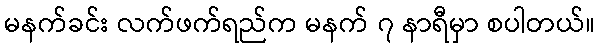
မနက်ခင်း လက်ဖက်ရည်က မနက် ၇ နာရီမှာ စပါတယ်။